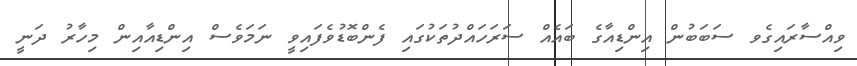
ވިއްސާރައިގެވ ސަބަބުން އިންޑިއާގެ ބައެއް ސަރަހައްދުތަކުގައި ފެންބޮޑުވެފައިވީ ނަމަވެސް އިންޑިއާއިން މިހާރު ދަނީ